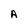
Character: A